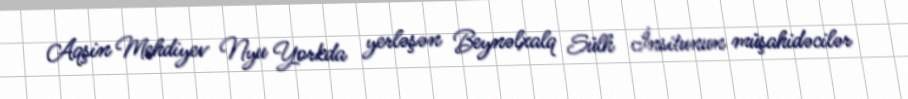
Aqşin Mehdiyev Nyu Yorkda yerləşən Beynəlxalq Sülh İnsitunun müşahidəcilər